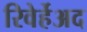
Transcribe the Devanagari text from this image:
रिवेर्हेअद